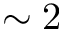
\sim 2